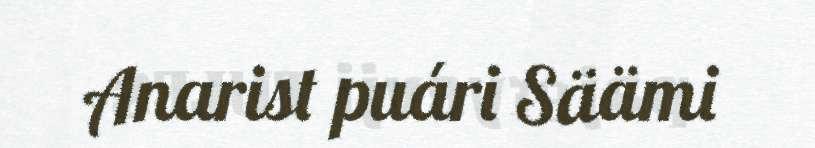
Anarist puári Säämi